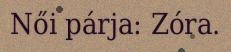
Női párja: Zóra.